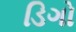
ડિગો